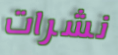
نشرات